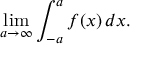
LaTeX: \operatorname* { l i m } _ { a \to \infty } \int _ { - a } ^ { a } f ( x ) \, d x .